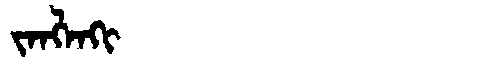
Manchu: ᠵᠠᠩᠯᠠᡴᡳ
Romanization: JANGLAKI